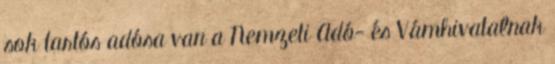
sok tartós adósa van a Nemzeti Adó- és Vámhivatalnak